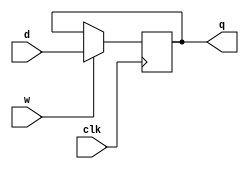
module ten_bit_register#(
    parameter [9:0] INIT = 10'd0
)(
    input [9:0] d,
    input clk, w,
    output reg [9:0] q);

    initial begin
        q = INIT;
    end

    always @(posedge clk) begin
        if(w)
            q <= d;
    end
endmodule